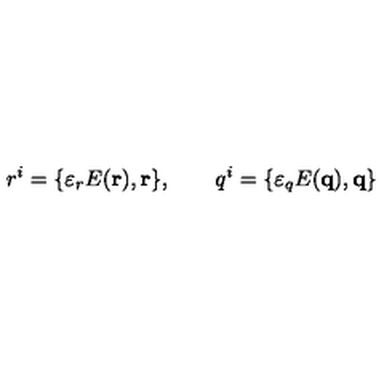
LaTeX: r ^ { i } = \{ \varepsilon _ { r } E ( { \bf r } ) , { \bf r \} } , \qquad q ^ { i } = \{ \varepsilon _ { q } E ( { \bf q } ) , { \bf q \} }